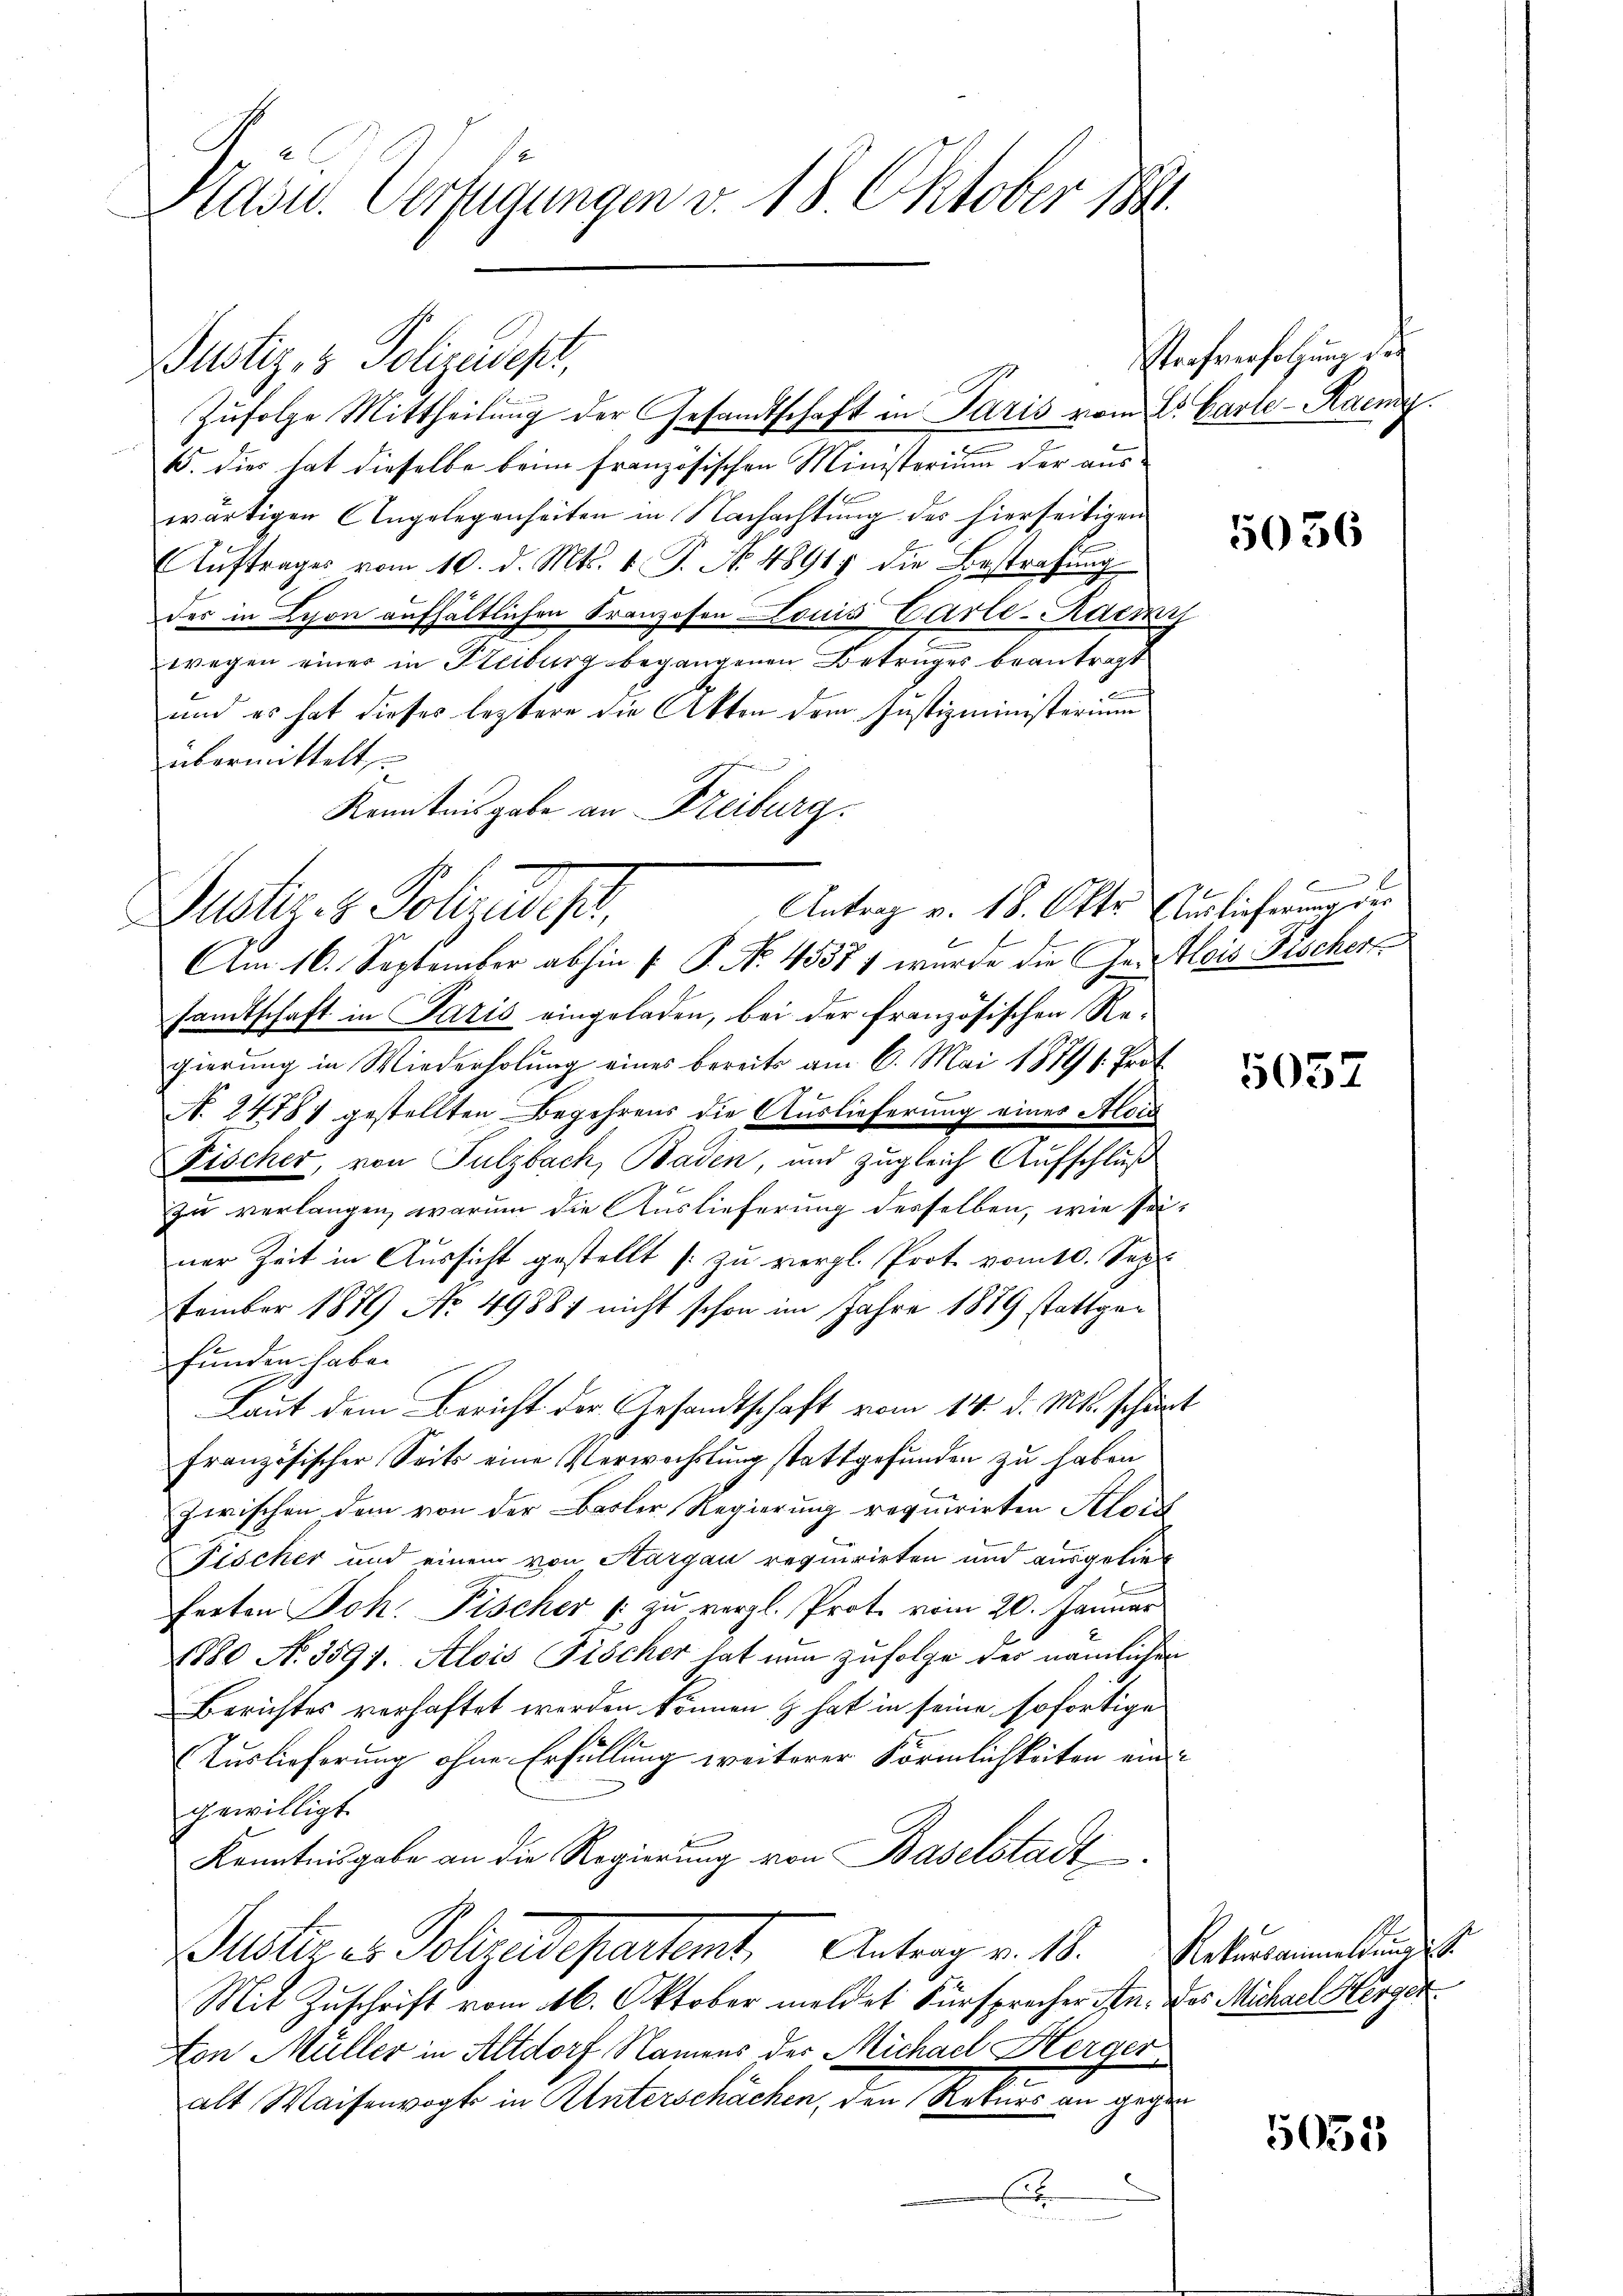
Kasu. Verfügungen v. 18. Oktober 1881.

Justiz- & Polizeidest,
Zŭfolge Mittheilung der Gesandtschaft in Paris vom 23. Carle-Raemy.
15. dies hat dieselbe beim französischen Ministerium der auswärtigen Angelegenheiten in Nachachtung des hierseitigen
Aŭftrages vom 10. d. Mts. v. P. No. 4891 die Bestrafŭng
des in Lyon aufhältlichen Franzosen Louis Carte-Ademi
wegen einer in Steiburg begangenen Betruges beantragt
und es hat dieses leztere die Akten dem Justizministerium
übermittelt,
Kenntnisgabe an Freiburg.
Justiz- & Solides,
Am 16. September abhin P. P. Nr. 45371 wurde die Geleis Fischer
samtschaft in Paris eingeladen, bei der französischen Regierung in Wiederholung eines bereits am 6. Mai 1879 s. Prot
A. 24781 gestellten Begehrens die Auslieferung eines Alois
Fischer, von Sulzbach, Baden, und zugleich Aufschluß
zu verlangen, warum die Auslieferung desselben, wie seiner Zeit in Aussicht gestellt (zu vergl. Prot. vom 10. Sept.
tember 1879 No 4988) nicht schon im Jahre 1889 stattgefunden habe.
Laut dem Bericht der Gesandtschaft vom 14. d. Mts. scheint
französischer Seits eine Verwachslung stattgefunden zu haben
zwischen dem von der Basler Regierung requirirten Kons
Fischer und einem von Aargau requirirten und ausgelie
ferten Joh. Fischer |: zu vergl. Prote vom 20. Januar
1880 N. 3591. Alois Fischer hat nun zufolge des nämlichen
Berichtes verhaftet werden können & hat in seine sofortige
Auslieferung ohne Erfüllung weiterer Förmlichkeiten ein
gewilligt.
Kenntnisgabe an die Regierung von Baselstadt
Gusteres Polizeidepartamt Antrag v. 18. Sekundamentli
Mit Zuschrift vom 16. Oktober meldet Fürsprecher An. des Michael Herger
on Müller in Altdorf Namens der Michael Hergeralt Waisenvogts in Unterschächen, den Rekurs an gegen

Antrag v. 18. Okto Auslieferung der

.

Sachversatzung de

5056

x

5052

5035